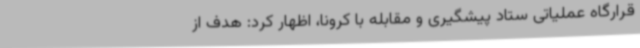
قرارگاه عملیاتی ستاد پیشگیری و مقابله با کرونا، اظهار کرد: هدف از